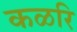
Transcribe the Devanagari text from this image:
कळरि